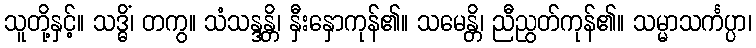
သူတို့နှင့်။ သဒ္ဓိံ၊ တကွ။ သံသန္ဒန္တိ၊ နှီးနှောကုန်၏။ သမေန္တိ၊ ညီညွတ်ကုန်၏။ သမ္မာသင်္ကပ္ပာ၊